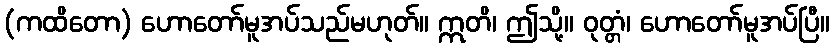
(ကထိတော) ဟောတော်မူအပ်သည်မဟုတ်။ ဣတိ၊ ဤသို့။ ဝုတ္တံ၊ ဟောတော်မူအပ်ပြီ။